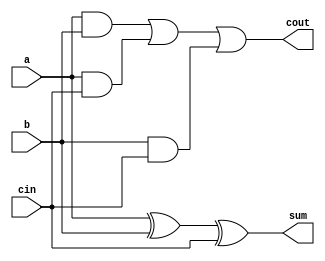
module fullAdder(input a,b,cin, output sum,cout);
  // Data flow model of full adder
  assign sum = a^b^cin;
  assign cout = (a&b)|(a&cin)|(b&cin);
endmodule